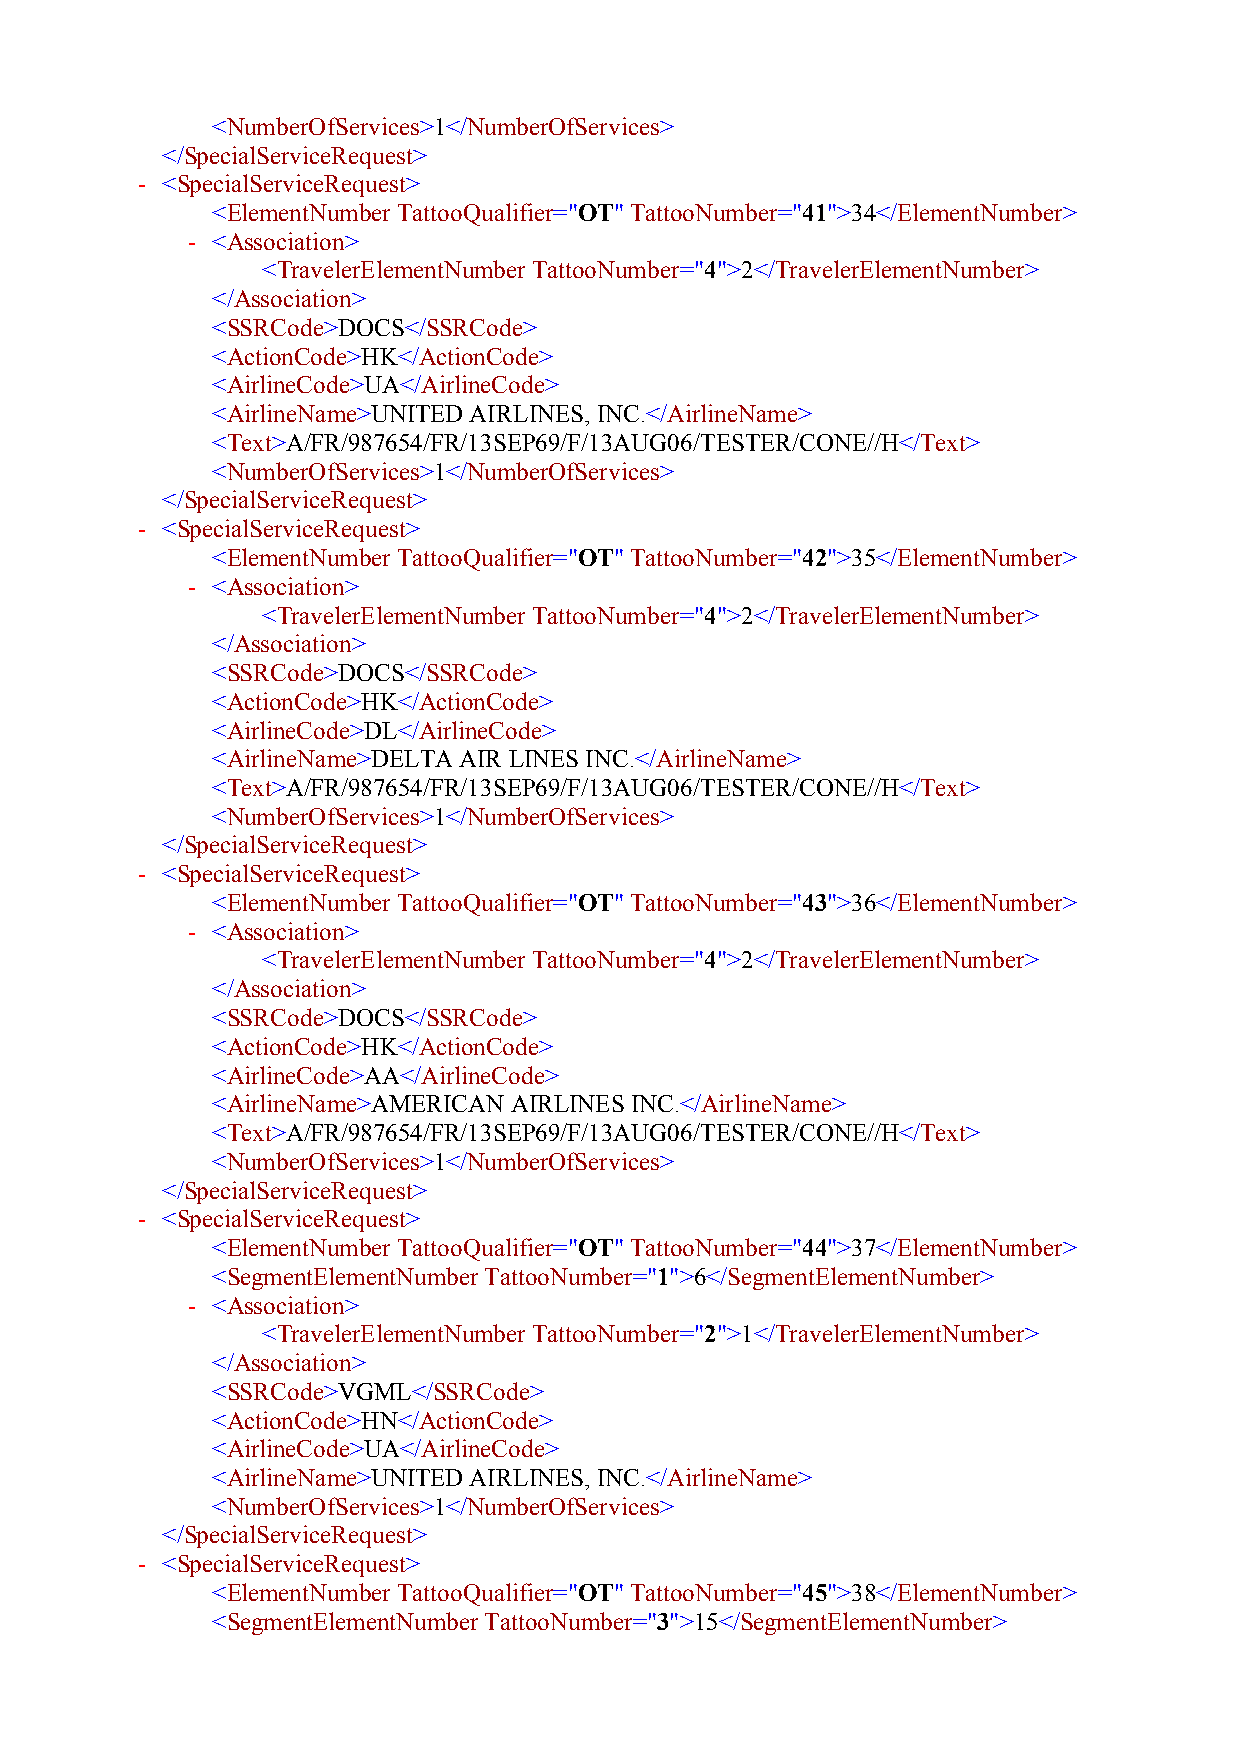
<NumberOfServices>1</NumberOfServices>
 </SpecialServiceRequest>
 - <SpecialServiceRequest>
 <ElementNumber TattooQualifier="OT" TattooNumber="41">34</ElementNumber>
 - <Association>
 <TravelerElementNumberTattooNumber="4">2</TravelerElementNumber>
 </Association>
 <SSRCode>DOCS</SSRCode>
 <ActionCode>HK</ActionCode>
 <AirlineCode>UA</AirlineCode>
 <AirlineName>UNITED AIRLINES, INC.</AirlineName>
 <Text>A/FR/987654/FR/13SEP69/F/13AUG06/TESTER/CONE//H</Text>
 <NumberOfServices>1</NumberOfServices>
 </SpecialServiceRequest>
 - <SpecialServiceRequest>
 <ElementNumber TattooQualifier="OT" TattooNumber="42">35</ElementNumber>
 - <Association>
 <TravelerElementNumberTattooNumber="4">2</TravelerElementNumber>
 </Association>
 <SSRCode>DOCS</SSRCode>
 <ActionCode>HK</ActionCode>
 <AirlineCode>DL</AirlineCode>
 <AirlineName>DELTA AIR LINES INC.</AirlineName>
 <Text>A/FR/987654/FR/13SEP69/F/13AUG06/TESTER/CONE//H</Text>
 <NumberOfServices>1</NumberOfServices>
 </SpecialServiceRequest>
 - <SpecialServiceRequest>
 <ElementNumber TattooQualifier="OT" TattooNumber="43">36</ElementNumber>
 - <Association>
 <TravelerElementNumberTattooNumber="4">2</TravelerElementNumber>
 </Association>
 <SSRCode>DOCS</SSRCode>
 <ActionCode>HK</ActionCode>
 <AirlineCode>AA</AirlineCode>
 <AirlineName>AMERICAN AIRLINES INC.</AirlineName>
 <Text>A/FR/987654/FR/13SEP69/F/13AUG06/TESTER/CONE//H</Text>
 <NumberOfServices>1</NumberOfServices>
 </SpecialServiceRequest>
 - <SpecialServiceRequest>
 <ElementNumber TattooQualifier="OT" TattooNumber="44">37</ElementNumber>
 <SegmentElementNumberTattooNumber="1">6</SegmentElementNumber>
 - <Association>
 <TravelerElementNumberTattooNumber="2">1</TravelerElementNumber>
 </Association>
 <SSRCode>VGML</SSRCode>
 <ActionCode>HN</ActionCode>
 <AirlineCode>UA</AirlineCode>
 <AirlineName>UNITED AIRLINES, INC.</AirlineName>
 <NumberOfServices>1</NumberOfServices>
 </SpecialServiceRequest>
 - <SpecialServiceRequest>
 <ElementNumber TattooQualifier="OT" TattooNumber="45">38</ElementNumber>
 <SegmentElementNumberTattooNumber="3">15</SegmentElementNumber>